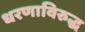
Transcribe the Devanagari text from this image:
धरणाविरुद्ध